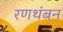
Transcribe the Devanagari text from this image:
रणथंबन